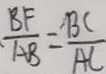
\frac { B F } { A B } = \frac { B C } { A C }